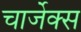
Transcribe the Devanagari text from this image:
चार्जेक्स